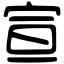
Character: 宣